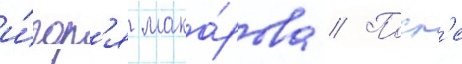
и́гор'я мака́рова // Посл'е